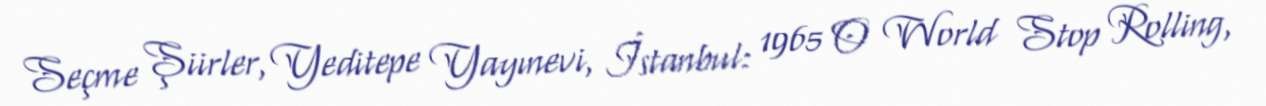
Seçme Şiirler, Yeditepe Yayınevi, İstanbul: 1965 O World Stop Rolling,